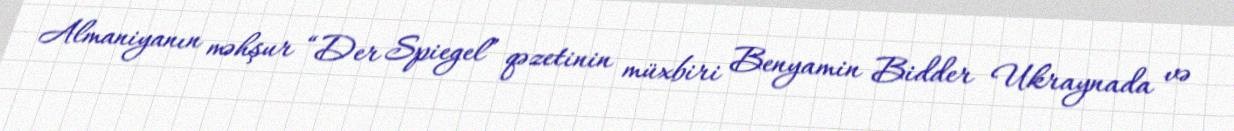
Almaniyanın məhşur “Der Spiegel” qəzetinin müxbiri Benyamin Bidder Ukraynada və